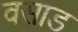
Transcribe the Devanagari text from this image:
वसाड